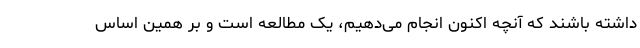
داشته باشند که آنچه اکنون انجام می‌دهیم، یک مطالعه است و بر همین اساس